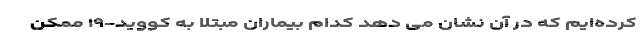
کرده‌ایم که در آن نشان می دهد کدام بیماران مبتلا به کووید-۱۹ ممکن